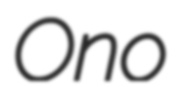
Ono